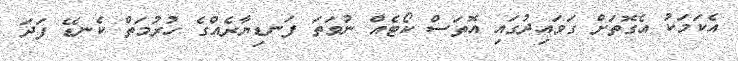
އެކަމަކު އެގޮތަށް ގަވައިދުގައި އޮތަސް ކޯޓެއް ނުވަތަ ފަނޑިޔާރެއްގެ ހުރުމަތް ކެނޑޭ ފަދަ